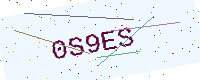
Text: 0S9ES